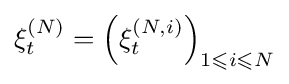
\xi _{t}^{(N)}=\left(\xi _{t}^{(N,i)}\right)_{1\leqslant i\leqslant N}